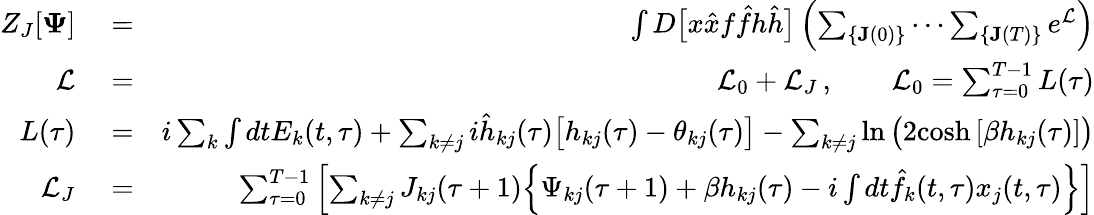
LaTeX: \begin{array}{rlr}{Z_{J}[\mathbf{\Psi}]}&{{}=}&{\int D\big[x\hat{x}f\hat{f}h\hat{h}\big]\left(\sum_{\{ \mathbf{J}(0)\} }\cdots\sum_{\{ \mathbf{J}(T)\} }e^{\mathcal{L}}\right)}\\ {\mathcal{L}}&{{}=}&{\mathcal{L}_{0}+\mathcal{L}_{J}\, ,\qquad\mathcal{L}_{0}=\sum_{\tau=0}^{T-1}L(\tau)}\\ {L(\tau)}&{{}=}&{i\sum_{k}\int dtE_{k}(t,\tau)+\sum_{k\neq j}i\hat{h}_{kj}(\tau)\big[h_{kj}(\tau)-\theta_{kj}(\tau)\big]-\sum_{k\neq j}\ln\big(2\mathrm{cosh}\, [\beta h_{kj}(\tau)]\big)}\\ {\mathcal{L}_{J}}&{{}=}&{\sum_{\tau=0}^{T-1}\left[\sum_{k\neq j}J_{kj}(\tau+1)\Big\{ \Psi_{kj}(\tau+1)+\beta h_{kj}(\tau)-i\int dt\hat{f}_{k}(t,\tau)x_{j}(t,\tau)\Big\} \right]}\end{array}